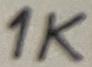
Text: 1K